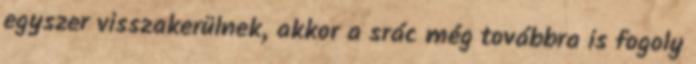
egyszer visszakerülnek, akkor a srác még továbbra is fogoly